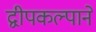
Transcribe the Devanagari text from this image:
द्वीपकल्पाने